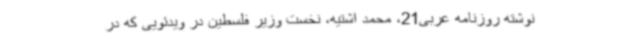
نوشته روزنامه عربی21، محمد اشتیه، نخست وزیر فلسطین در ویدئویی که در